65_HS1-834228961_62-HQ-83894_Section_6
Agency: FBI
Page 3
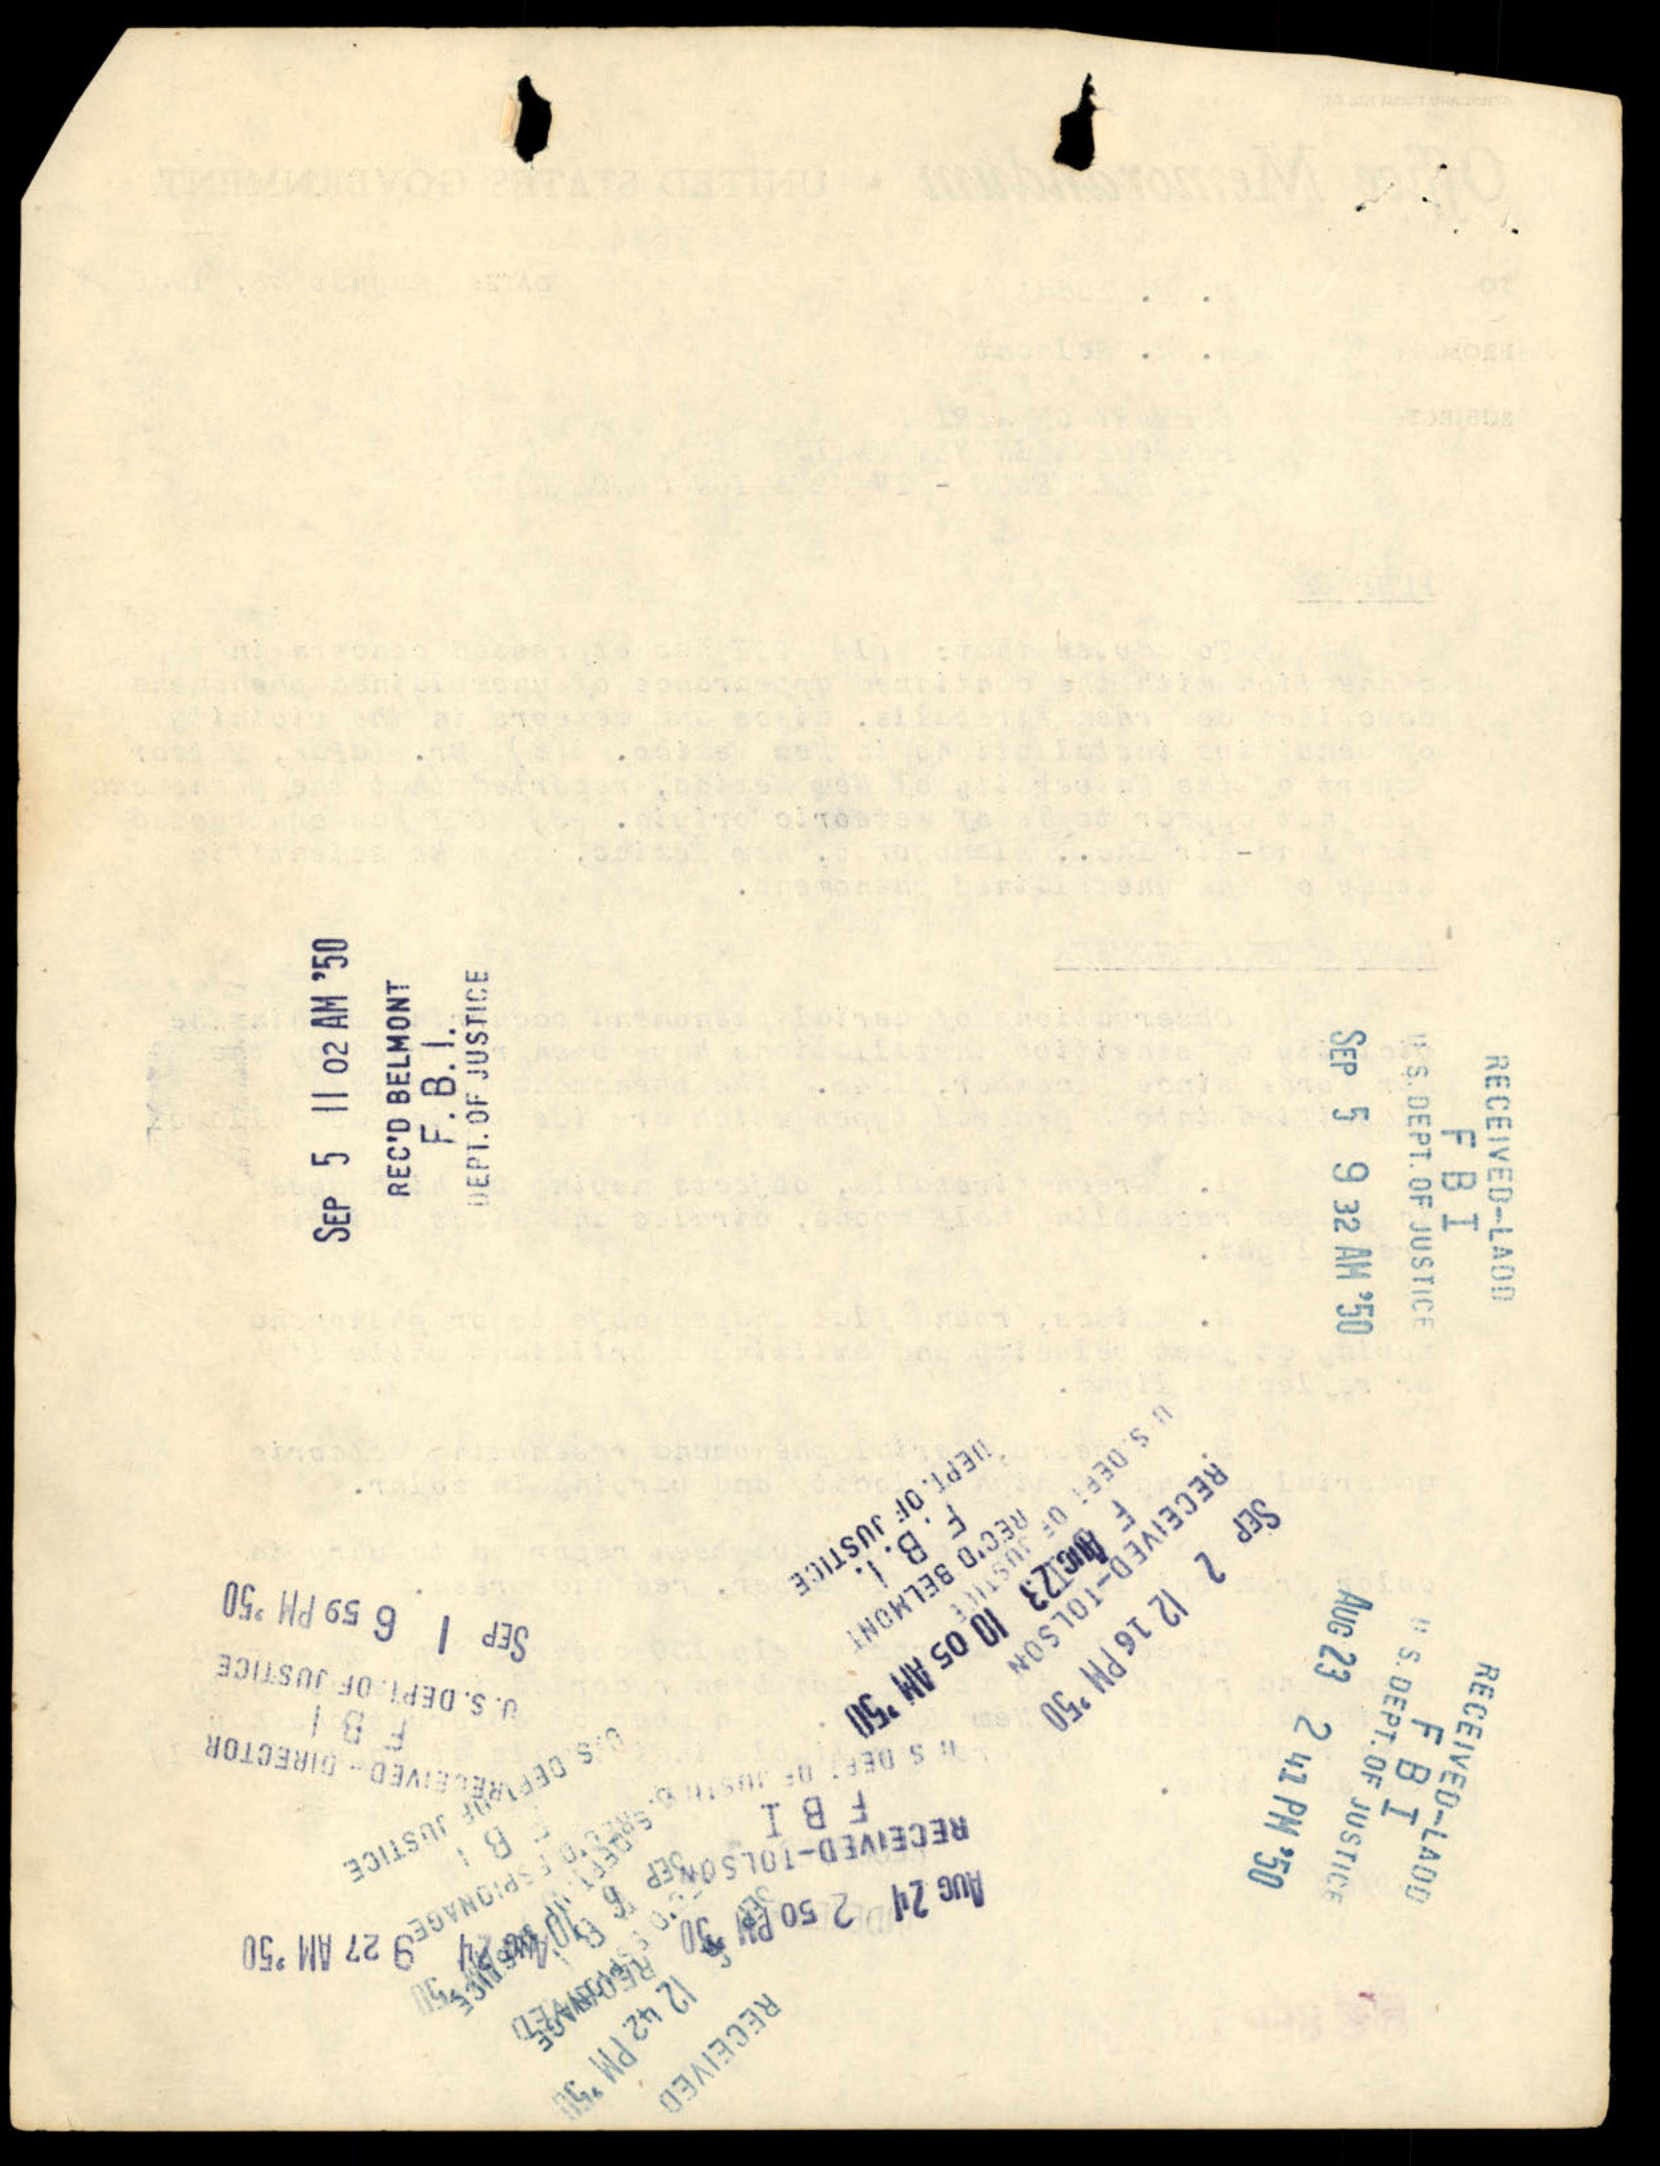